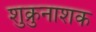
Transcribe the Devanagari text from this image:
शुक्रुनाशक